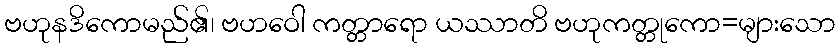
ဗဟုနဒိကောမည်၏၊ ဗဟဝေါ ကတ္တာရော ယဿာတိ ဗဟုကတ္တုကော=များသော